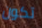
تكون